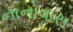
નાનોવાસ